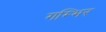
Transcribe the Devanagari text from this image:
गम्भिर